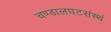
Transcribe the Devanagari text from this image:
चण्डालघटसंस्थं